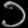
Digit: ၁